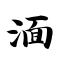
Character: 湎